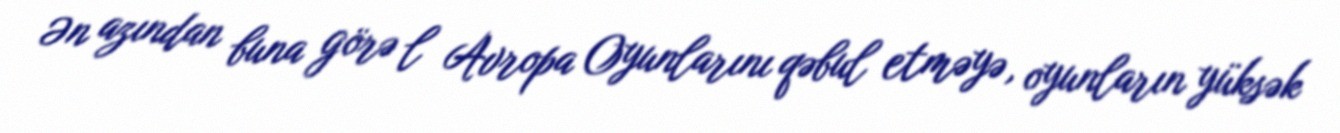
Ən azından buna görə l Avropa Oyunlarını qəbul etməyə, oyunların yüksək